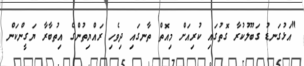
"އަޅުގަނޑު ގަބޫލުކުރާ ގޮތުގައި ކުރިއަށް މިއޮތް ތާނގައި ދިވެހި ރައްޔިތުންގެ އިތުބާރާ ޔަގީންކަން